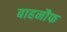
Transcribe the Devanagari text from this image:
बाहनौफ